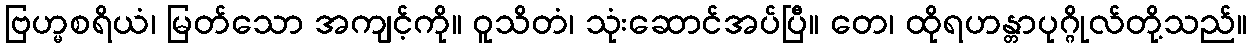
ဗြဟ္မစရိယံ၊ မြတ်သော အကျင့်ကို။ ဝူသိတံ၊ သုံးဆောင်အပ်ပြီ။ တေ၊ ထိုရဟန္တာပုဂ္ဂိုလ်တို့သည်။